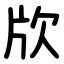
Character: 㸝